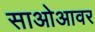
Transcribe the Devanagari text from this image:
साओआवर